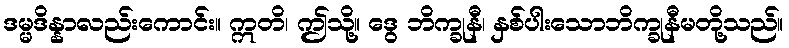
ဒမ္မဒိန္နာလည်းကောင်း။ ဣတိ၊ ဤသို့။ ဒွေ ဘိက္ခုနီ၊ နှစ်ပါးသောဘိက္ခုနီမတို့သည်။